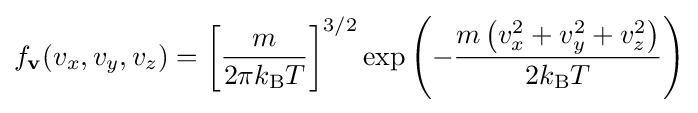
f_{\mathbf {v} }(v_{x},v_{y},v_{z})={\biggl [}{\frac {m}{2\pi k_{\text{B}}T}}{\biggr ]}^{3/2}\exp \left(-{\frac {m\left(v_{x}^{2}+v_{y}^{2}+v_{z}^{2}\right)}{2k_{\text{B}}T}}\right)